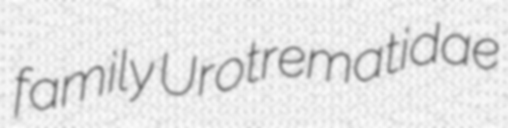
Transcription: family Urotrematidae